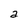
Character: a